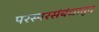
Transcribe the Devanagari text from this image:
परस्परसंबंधातून